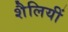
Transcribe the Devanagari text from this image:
शैलियीं